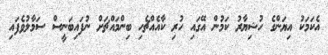
އެކަމަކު އިޔަންގެ ހުޝިޔާރު ކަމުން އޭގައި ހުރި ކާއެއްޗެހި ބިންމައްޗަށް ނުފައިބަނީސް ސަމާލުވެފައި